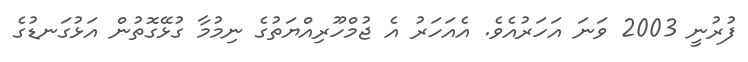
ފުރުނީ 2003 ވަނަ އަހަރުއެވެ. އެއަހަރު އެ ޖުމްހޫރިއްޔަތުގެ ނިމުމާ ގުޅޭގޮތުން އަޅުގަނޑުގެ